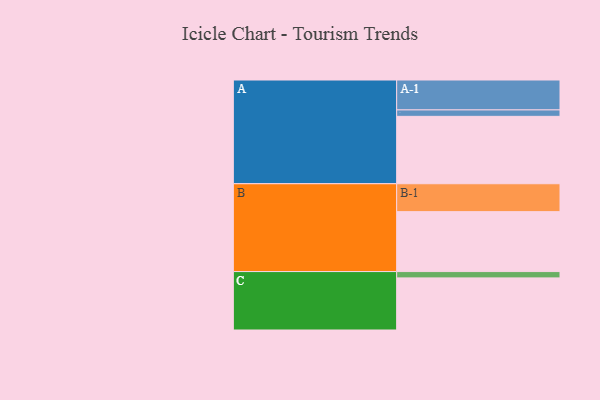
{"axis": {"x": "Segment", "y": "Value"}, "legend": ["", "A", "B", "C"], "data": [{"x": "A", "y": 534, "type": ""}, {"x": "B", "y": 475, "type": ""}, {"x": "C", "y": 413, "type": ""}, {"x": "A-1", "y": 237, "type": "A"}, {"x": "A-2", "y": 51, "type": "A"}, {"x": "B-1", "y": 221, "type": "B"}, {"x": "C-1", "y": 50, "type": "C"}]}